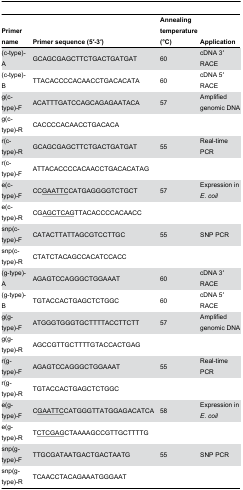
<table><thead><tr><td><b>Primer name</b></td><td><b>Primer sequence (5′-3′)</b></td><td><b>Annealing temperature (°C)</b></td><td><b>Application</b></td></tr></thead><tbody><tr><td>(c-type)-A</td><td>GCAGCGAGCTTCTGACTGATGAT</td><td>60</td><td>cDNA 3′ RACE</td></tr><tr><td>(c-type)-B</td><td>TTACACCCCACAACCTGACACATA</td><td>60</td><td>cDNA 5′ RACE</td></tr><tr><td>g(c-type)-F </td><td>ACATTTGATCCAGCAGAGAATACA</td><td>57</td><td>Amplified genomic DNA</td></tr><tr><td>g(c-type)-R</td><td>CACCCCACAACCTGACACA</td><td></td><td></td></tr><tr><td>r(c-type)-R</td><td>GCAGCGAGCTTCTGACTGATGAT</td><td>55</td><td>Real-time PCR</td></tr><tr><td>r(c-type)-F</td><td>ATTACACCCCACAACCTGACACATAG</td><td></td><td></td></tr><tr><td>e(c-type)-F</td><td>CC<underline>GAATTC</underline>CATGAGGGGTCTGCT</td><td>57</td><td>Expression in <i>E. coil</i></td></tr><tr><td>e(c-type)-R</td><td>CG<underline>AGCTCAG</underline>TTACACCCCACAACC</td><td></td><td></td></tr><tr><td>snp(c-type)-F</td><td>CATACTTATTAGCGTCCTTGC</td><td>55</td><td>SNP PCR</td></tr><tr><td>snp(c-type)-R</td><td>CTATCTACAGCCACATCCACC</td><td></td><td></td></tr><tr><td>(g-type)-A</td><td>AGAGTCCAGGGCTGGAAAT</td><td>60</td><td>cDNA 3′ RACE</td></tr><tr><td>(g-type)-B</td><td>TGTACCACTGAGCTCTGGC</td><td>60</td><td>cDNA 5′ RACE</td></tr><tr><td>g(g-type)-F</td><td>ATGGGTGGGTGCTTTTACCTTCTT</td><td>57</td><td>Amplified genomic DNA</td></tr><tr><td>g(g-type)-R</td><td>AGCCGTTGCTTTTGTACCACTGAG</td><td></td><td></td></tr><tr><td>r(g-type)-F</td><td>AGAGTCCAGGGCTGGAAAT</td><td>55</td><td>Real-time PCR</td></tr><tr><td>r(g-type)-R</td><td>TGTACCACTGAGCTCTGGC</td><td></td><td></td></tr><tr><td>e(g-type)-F</td><td>C<underline>GAATTC</underline>CATGGGTTATGGAGACATCA</td><td>58</td><td>Expression in <i>E. coil</i></td></tr><tr><td>e(g-type)-R</td><td>T<underline>CTCGAG</underline>CTAAAAGCCGTTGCTTTTG</td><td></td><td></td></tr><tr><td>snp(g-type)-F</td><td>TTGCGATAATGACTGACTAATG</td><td>55</td><td>SNP PCR</td></tr><tr><td>snp(g-type)-R</td><td>TCAACCTACAGAAATGGGAAT</td><td></td><td></td></tr></tbody></table>